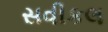
સવીકલ